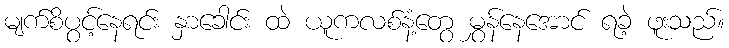
မျက်စိပွင့်နေရင်း နှာခေါင်း ထဲ ယူကလစ်နံ့တွေ မွှန်နေအောင် ရခဲ့ ဖူးသည်။